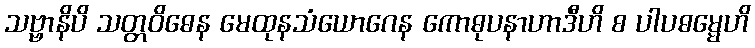
သဗ္ဗာနိပိ သတ္တဝိဓေန မေထုနသံယောဂေန ကောဓုပနာဟာဒီဟိ စ ပါပဓမ္မေဟိ